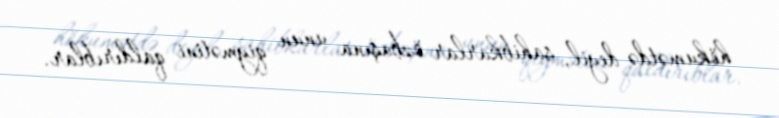
hökumətdə deyil, sahibkarlar özbaşına unun qiymətini qaldırıblar.